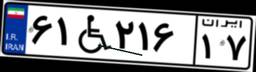
۹۶W۶۱۷۰۰